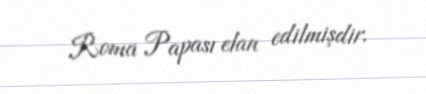
Roma Papası elan edilmişdir.